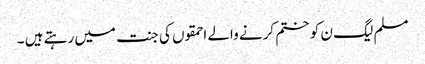
مسلم لیگ ن کو ختم کرنے والے احمقوں کی جنت میں رہتے ہیں ۔